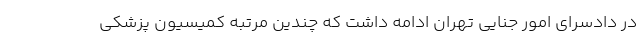
در دادسرای امور جنایی تهران ادامه داشت که چندین مرتبه کمیسیون پزشکی